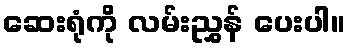
ဆေးရုံကို လမ်းညွှန် ပေးပါ။